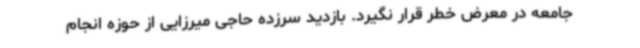
جامعه در معرض خطر قرار نگیرد. بازدید سرزده حاجی میرزایی از حوزه انجام